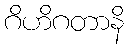
ဂိဟိဂတာနိ